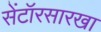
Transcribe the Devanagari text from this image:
सेंटॉरसारखा